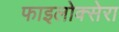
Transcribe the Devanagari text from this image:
फाइलोक्सेरा